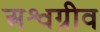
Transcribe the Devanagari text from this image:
अश्वग्रीव